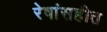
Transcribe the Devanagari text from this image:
रेषांसहीत